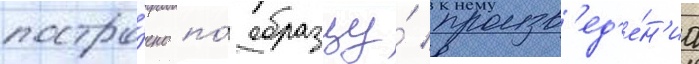
постро́ено по́ образцу́ произв'ед'е́н'иа